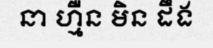
នា ហ្មឺន មិន ដឹង